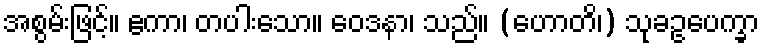
အစွမ်းဖြင့်။ ဧကာ၊ တပါးသော။ ဝေဒနာ၊ သည်။ (ဟောတိ၊) သုခဥပေက္ခာ